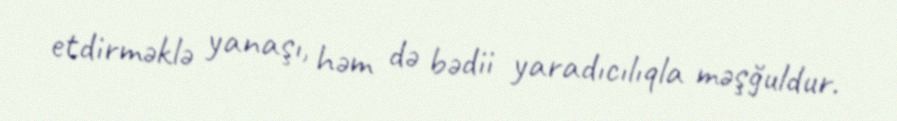
etdirməklə yanaşı, həm də bədii yaradıcılıqla məşğuldur.